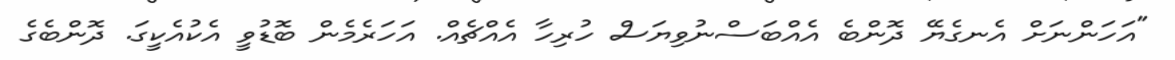
"އަހަންނަށް އެނގެޔޭ ދޮންބެ އެއްބަސްނުވިޔަސް ހުރިހާ އެއްޗެއް. އަހަރެމެން ބޮޑުވީ އެކުއެކީގަ. ދޮންބެގެ